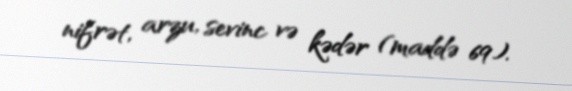
nifrət, arzu, sevinc və kədər (maddə 69).